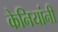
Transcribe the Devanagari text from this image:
केनियांनी